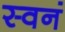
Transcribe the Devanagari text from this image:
स्वनं